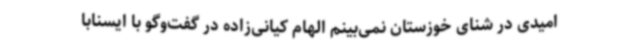
امیدی در شنای خوزستان نمی‌بینم الهام کیانی‌زاده در گفت‌وگو با ایسنابا